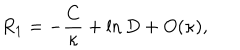
LaTeX: R _ { 1 } = - { \frac { C } { \kappa } } + \ln D + O ( \kappa ) ,